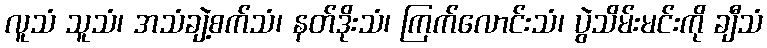
လူသံ သူသံ၊ အသံချဲ့စက်သံ၊ နတ်ဒိုးသံ၊ ကြက်လောင်းသံ၊ ပွဲသိမ်းမင်းကို ချီသံ